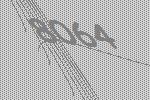
8064